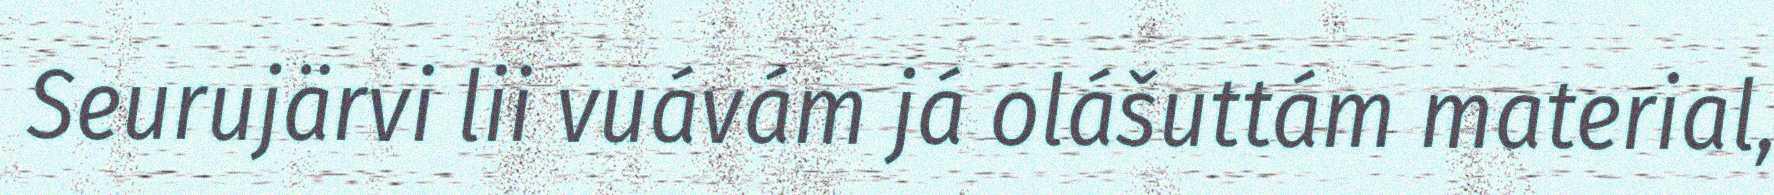
Seurujärvi lii vuávám já olášuttám material,